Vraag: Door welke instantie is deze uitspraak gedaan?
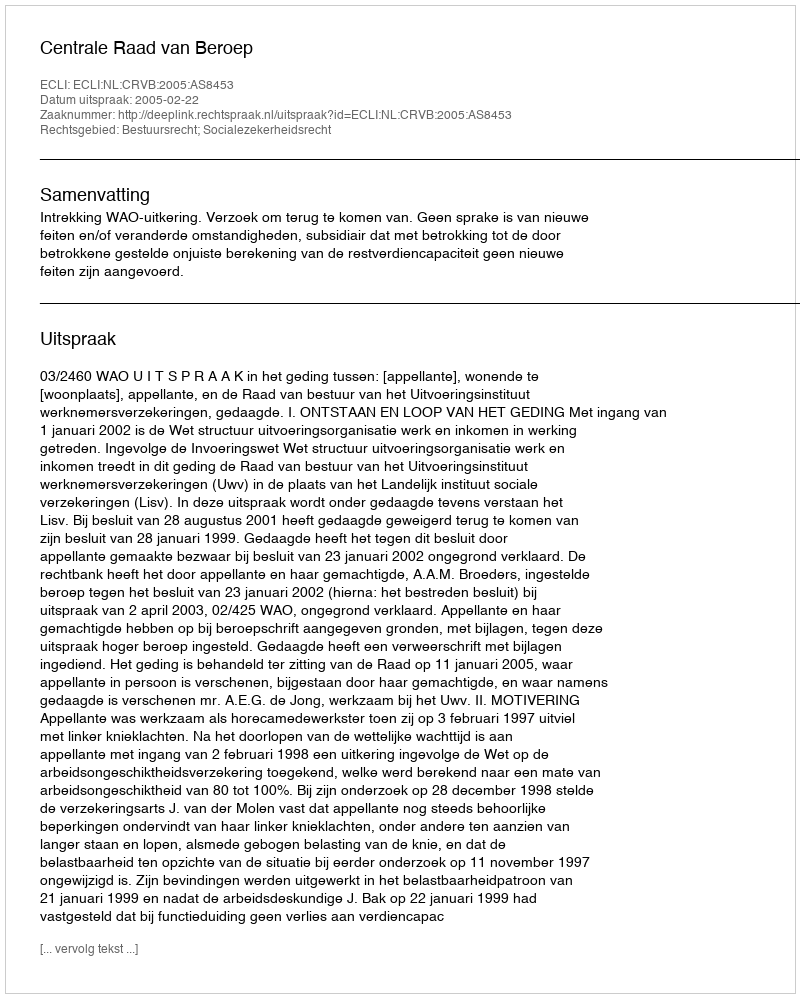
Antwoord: Centrale Raad van Beroep